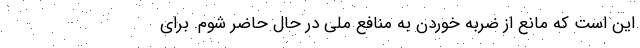
اين است كه مانع از ضربه خوردن به منافع ملي در حال حاضر شوم. براي